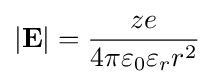
|{\bf {E}}|={\frac {ze}{4\pi \varepsilon _{0}\varepsilon _{r}r^{2}}}